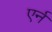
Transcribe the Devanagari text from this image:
एर्न